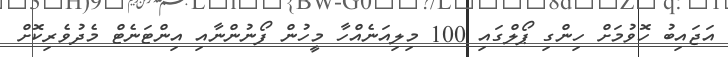
އަޖައިބު ހޮވުމަށް ހިންގި ޕޯލްގައި 100 މިލިއަނެއްހާ މީހުން ފޯނުންނާއި އިންޓަނެޓް މެދުވެރިކޮށް